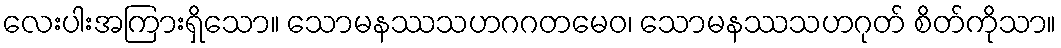
လေးပါးအကြားရှိသော။ သောမနဿသဟဂဂတမေဝ၊ သောမနဿသဟဂုတ် စိတ်ကိုသာ။